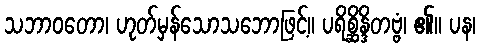
သဘာဝတော၊ ဟုတ်မှန်သောသဘောဖြင့်။ ပရိစ္ဆိန္ဒိတဗ္ဗံ၊ ၏။ ပန၊